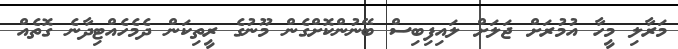
މަރާލި މީހާ އުމުރަށް ޖަލަށް ލައިފިބިސް ބޭނުންކޮށްގެން މޫނުގެ ރީތިކަން ދެމެހެއްޓިދާނެ ގޮތެއް